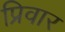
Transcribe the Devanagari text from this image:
प्रिवार